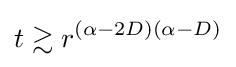
t\gtrsim r^{(\alpha -2D)(\alpha -D)}